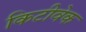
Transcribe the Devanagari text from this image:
किटीवेक